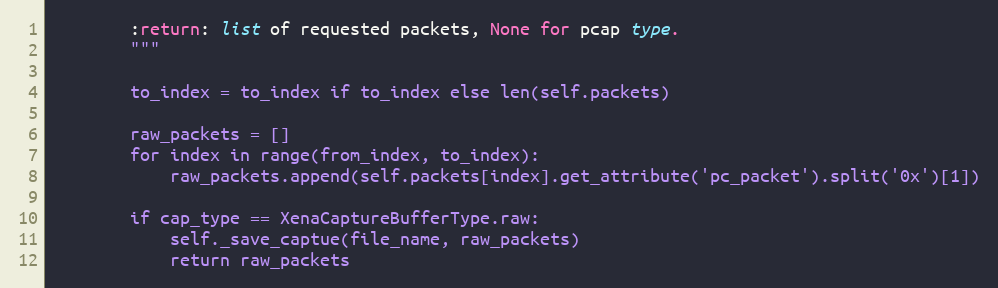
Language: Python
        :return: list of requested packets, None for pcap type.
        """

        to_index = to_index if to_index else len(self.packets)

        raw_packets = []
        for index in range(from_index, to_index):
            raw_packets.append(self.packets[index].get_attribute('pc_packet').split('0x')[1])

        if cap_type == XenaCaptureBufferType.raw:
            self._save_captue(file_name, raw_packets)
            return raw_packets